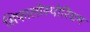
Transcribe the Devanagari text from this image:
सिफालोस्पोरियम